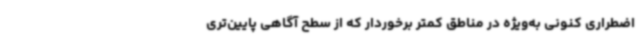
اضطراری کنونی به‌ویژه در مناطق کمتر برخوردار که از سطح آگاهی پایین‌تری